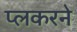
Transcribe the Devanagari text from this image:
प्लकरने